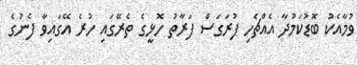
ވުމާއެކު ބޮޑުކަމުދާ އެއްޗެހި ފުރަގަސް ފަރާތު ހޮޅީގެ ތެރޭގައި ހުރެ އޭގައިވާ ފެނުގެ